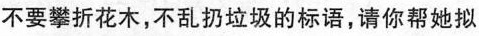
不要攀折花木，不乱扔垃圾的标语，请你帮她拟